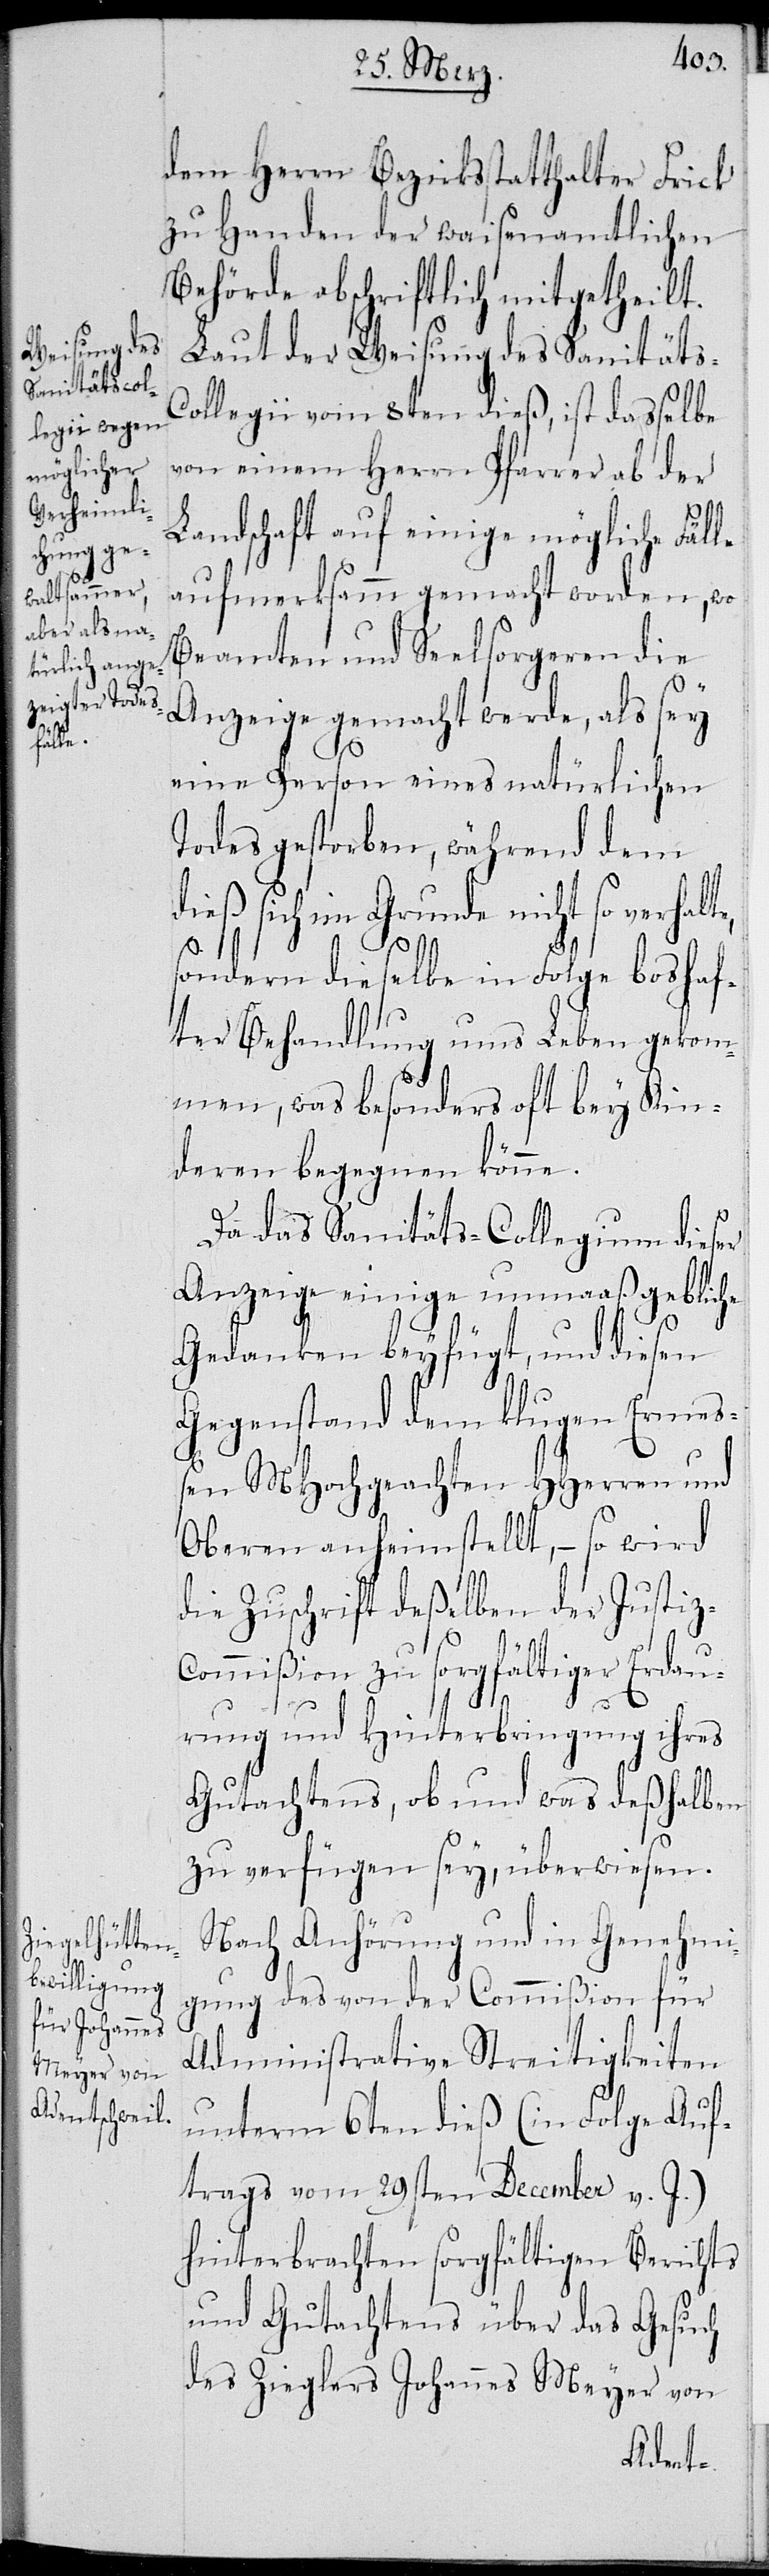
halte,

dem Herrn Bezirksstatthalter Frick
zu Handen der waisenamtlichen
Behörde abschriftlich mitgetheilt.
Laut der Weisung des Sanitäts-C¬
ollegii vom 8ten dieß, ist dasselbe
von einem Herrn Pfarrer ab der
Landschaft auf einige mögliche Fälle
aufmerksamm gemacht worden, wo
Beamten und Seelsorgeren die
Anzeige gemacht werde, als sey
eine Person eines natürlichen
Todes gestorben, während dem
sich im Grunde nicht so ver¬
sondern dieselbe in Folge boshaf¬
ter Behandlung ums Leben gekom¬
men, was besonders oft bey Kin¬
deren begegnen könne.
Da das Sanitäts-Collegium dieser
Anzeige einige unmaaßgebliche
Gedanken beyfügt, und diesen
Gegenstand dem klugen Ermeß¬
en MHochgeachten HHerren und
Oberen anheim stellt, – so wird
die Zuschrift deßelben der Justiz-C¬
ommißion zu sorgfältiger Erdau¬
rung und Hinterbringung ihres
Gutachtens, ob und was deßhalben
zu verfügen sey, überwiesen.
Nach Anhörung und in Genehmi¬
gung des von der Commißion für
Administrative Streitigkeiten
unterm 6ten dieß (in Folge Auf¬
trags vom 29sten December v. J.)
hinterbrachten sorgfältigen Berichts
und Gutachtens über das Gesuch
des Zieglers Johannes Meyer von